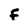
Character: F